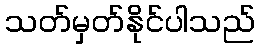
သတ်မှတ်နိုင်ပါသည်